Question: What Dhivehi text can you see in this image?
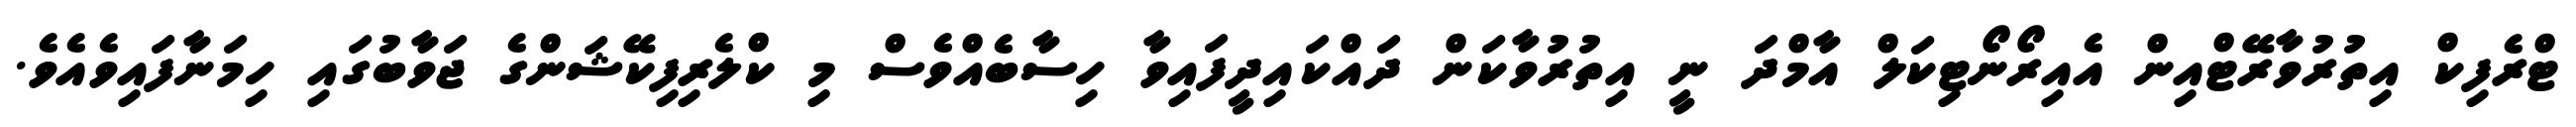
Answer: ޓްރެފިކް އިތުރުވާރޭޓްއިން އެއިރޯނޯޓިކަލް އާމްދަ ނީ އިތުރުވާކަން ދައްކައިދީފައިވާ ހިސާބެއްވެސް މި ކްލެރިފިކޭޝަންގެ ޖަވާބުގައި ހިމަނާފައިވެއެވެ.